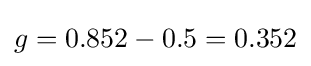
g=0.852-0.5=0.352